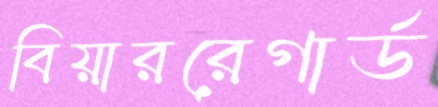
বিয়াররেগার্ড